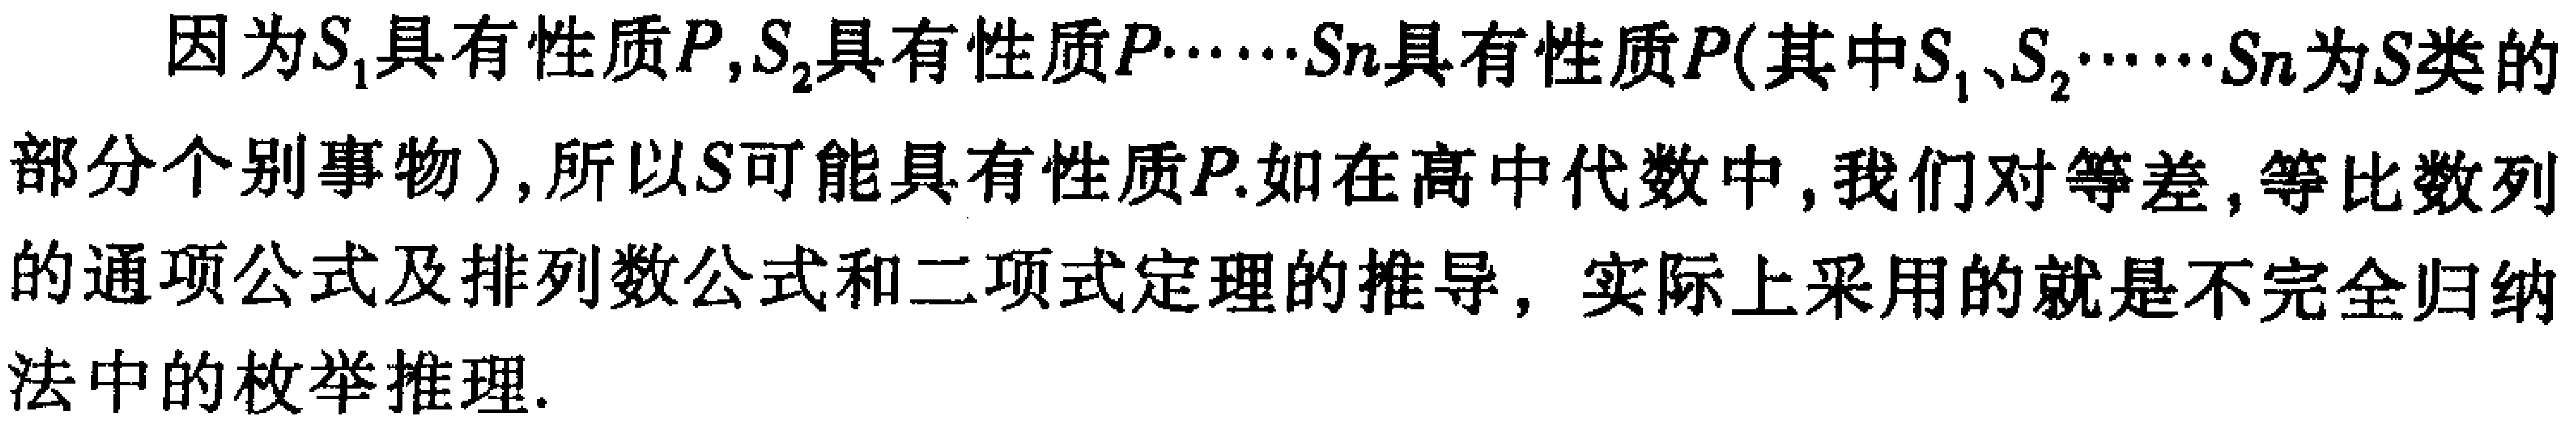
因为\(S_{1}\)具有性质\(P\)，\(S_{2}\)具有性质\(P\cdots\cdots S_{n}\)具有性质\(P\)（其中\(S_{1}\)、\(S_{2}\cdots\cdots S_{n}\)为\(S\)类的部分个别事物），所以\(S\)可能具有性质\(P\).如在高中代数中，我们对等差，等比数列的通项公式及排列数公式和二项式定理的推导，实际上采用的就是不完全归纳法中的枚举推理.